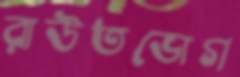
রাউতভোগ